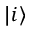
| i \rangle